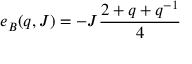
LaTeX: e _ { B } ( q , J ) = - J \frac { 2 + q + q ^ { - 1 } } { 4 }